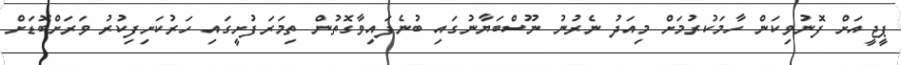
ޕީޖީއަށް ފޮނުވިކަން ހާމަކުރުމަށް މިއަދު ނެރުނު ނޫސްބަޔާނުގައި ބުނެފައިވާގޮތުން ތިމަރަފުށީގައި ހަރުކަށިފިކުރު ވަރަށްބޮޑަށް